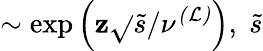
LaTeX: \sim\exp\left(\mathbf{z}\sqrt{}{{\tilde{{s}}/\nu^{\mathcal{{(L)}}}}}\right),\; \tilde{{s}}